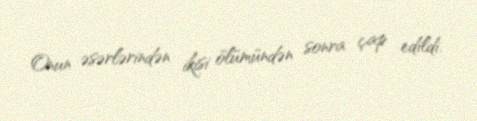
Onun əsərlərindən ikisi ölümündən sonra çap edildi.